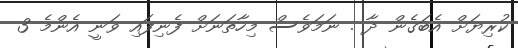
ކުރިޔަށް އެބަގެން ދާ . ނަމަވެސް މިހާތަނަށް ފެނިފައި ވަނީ އެންމެ 3